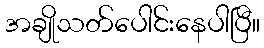
အချိုသတ်ပေါင်းနေပါပြီ။